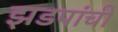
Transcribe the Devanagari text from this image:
झडपांची